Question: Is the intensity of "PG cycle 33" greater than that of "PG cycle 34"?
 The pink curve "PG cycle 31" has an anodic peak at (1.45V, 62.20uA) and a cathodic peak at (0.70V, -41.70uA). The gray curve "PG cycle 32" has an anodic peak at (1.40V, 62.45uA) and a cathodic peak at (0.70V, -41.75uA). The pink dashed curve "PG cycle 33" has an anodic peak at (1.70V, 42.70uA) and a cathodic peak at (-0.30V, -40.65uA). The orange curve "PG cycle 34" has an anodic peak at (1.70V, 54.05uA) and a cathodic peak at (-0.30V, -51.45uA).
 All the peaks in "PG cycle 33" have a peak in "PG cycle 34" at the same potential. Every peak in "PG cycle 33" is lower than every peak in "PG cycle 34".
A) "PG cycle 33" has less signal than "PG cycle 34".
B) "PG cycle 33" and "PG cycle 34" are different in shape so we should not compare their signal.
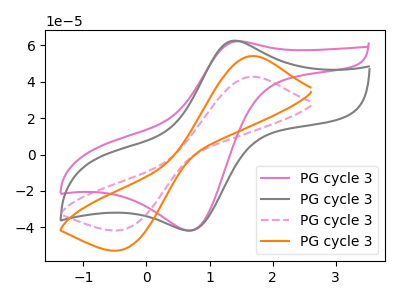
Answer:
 <answer>A) "PG cycle 33" has less signal than "PG cycle 34".</answer>
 <eval>A</eval>